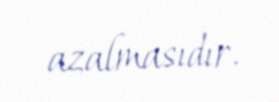
azalmasıdır.